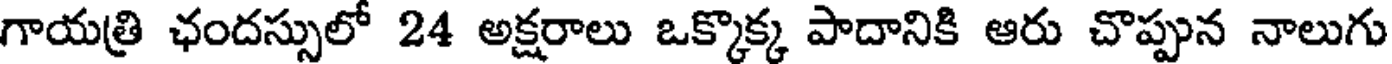
గాయత్రి ఛందస్సులో 24 అక్షరాలు ఒక్కొక్క పాదానికి ఆరు చొప్పున నాలుగు